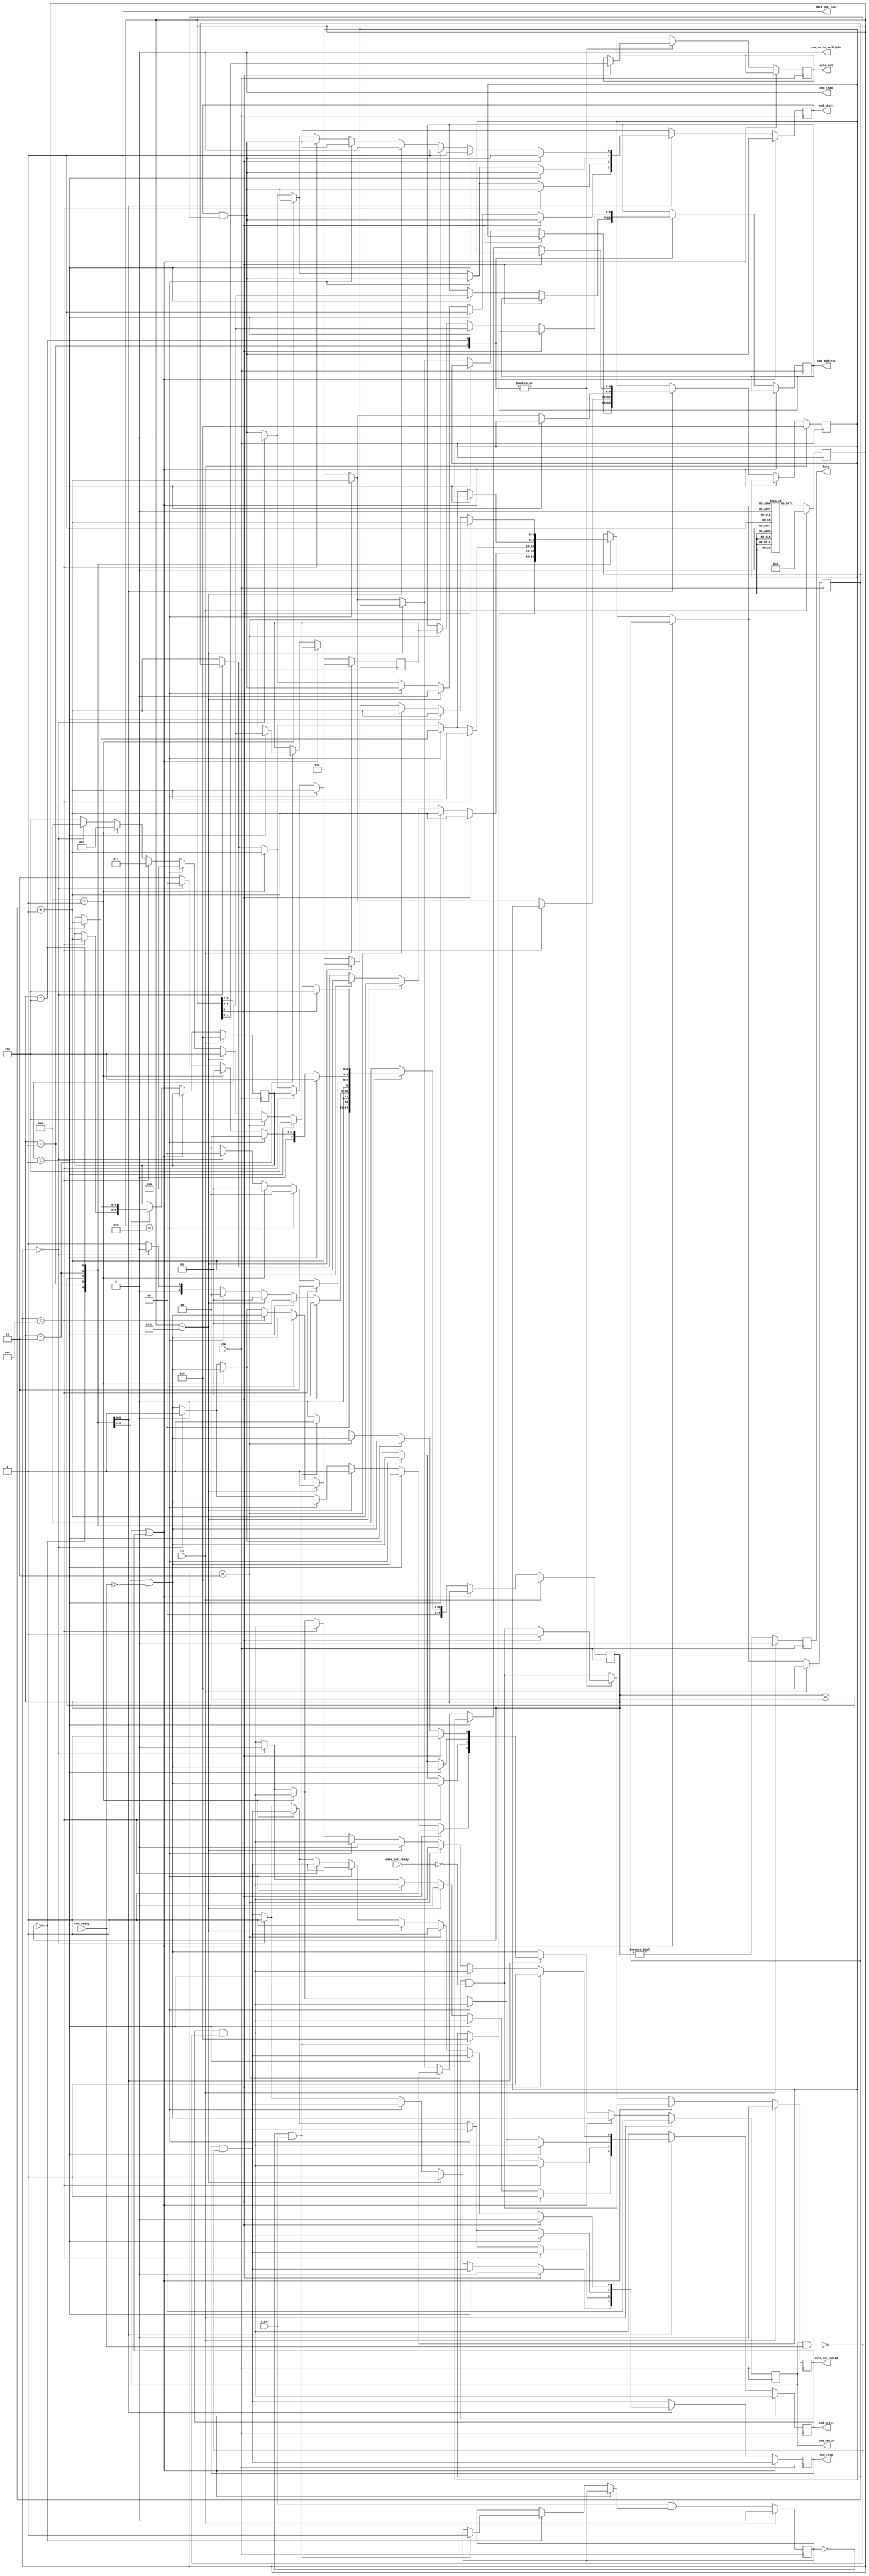
/*

Copyright (c) 2015-2017 Alex Forencich

Permission is hereby granted, free of charge, to any person obtaining a copy
of this software and associated documentation files (the "Software"), to deal
in the Software without restriction, including without limitation the rights
to use, copy, modify, merge, publish, distribute, sublicense, and/or sell
copies of the Software, and to permit persons to whom the Software is
furnished to do so, subject to the following conditions:

The above copyright notice and this permission notice shall be included in
all copies or substantial portions of the Software.

THE SOFTWARE IS PROVIDED "AS IS", WITHOUT WARRANTY OF ANY KIND, EXPRESS OR
IMPLIED, INCLUDING BUT NOT LIMITED TO THE WARRANTIES OF MERCHANTABILITY
FITNESS FOR A PARTICULAR PURPOSE AND NONINFRINGEMENT. IN NO EVENT SHALL THE
AUTHORS OR COPYRIGHT HOLDERS BE LIABLE FOR ANY CLAIM, DAMAGES OR OTHER
LIABILITY, WHETHER IN AN ACTION OF CONTRACT, TORT OR OTHERWISE, ARISING FROM,
OUT OF OR IN CONNECTION WITH THE SOFTWARE OR THE USE OR OTHER DEALINGS IN
THE SOFTWARE.

*/

// Language: Verilog 2001

`timescale 1ns / 1ps

/*
 * I2C init
 */
module i2c_init (
    input  wire        clk,
    input  wire        rst,

    /*
     * I2C master interface
     */
    output wire [6:0]  cmd_address,
    output wire        cmd_start,
    output wire        cmd_read,
    output wire        cmd_write,
    output wire        cmd_write_multiple,
    output wire        cmd_stop,
    output wire        cmd_valid,
    input  wire        cmd_ready,

    output wire [7:0]  data_out,
    output wire        data_out_valid,
    input  wire        data_out_ready,
    output wire        data_out_last,

    /*
     * Status
     */
    output wire        busy,

    /*
     * Configuration
     */
    input  wire        start
);

/*

Generic module for I2C bus initialization.  Good for use when multiple devices
on an I2C bus must be initialized on system start without intervention of a
general-purpose processor.

Copy this file and change init_data and INIT_DATA_LEN as needed.

This module can be used in two modes: simple device initalization, or multiple
device initialization.  In multiple device mode, the same initialization sequence
can be performed on multiple different device addresses.  

To use single device mode, only use the start write to address and write data commands.
The module will generate the I2C commands in sequential order.  Terminate the list
with a 0 entry.  

To use the multiple device mode, use the start data and start address block commands
to set up lists of initialization data and device addresses.  The module enters
multiple device mode upon seeing a start data block command.  The module stores the
offset of the start of the data block and then skips ahead until it reaches a start
address block command.  The module will store the offset to the address block and
read the first address in the block.  Then it will jump back to the data block
and execute it, substituting the stored address for each current address write
command.  Upon reaching the start address block command, the module will read out the
next address and start again at the top of the data block.  If the module encounters
a start data block command while looking for an address, then it will store a new data
offset and then look for a start address block command.  Terminate the list with a 0
entry.  Normal address commands will operate normally inside a data block.

Commands:

00 0000000 : stop
00 0000001 : exit multiple device mode
00 0000011 : start write to current address
00 0001000 : start address block
00 0001001 : start data block
00 1000001 : send I2C stop
01 aaaaaaa : start write to address
1 dddddddd : write 8-bit data

Examples

write 0x11223344 to register 0x0004 on device at 0x50

01 1010000  start write to 0x50
1 00000000  write address 0x0004
1 00000100
1 00010001  write data 0x11223344
1 00100010
1 00110011
1 01000100
0 00000000  stop

write 0x11223344 to register 0x0004 on devices at 0x50, 0x51, 0x52, and 0x53

00 0001001  start data block
00 0000011  start write to current address
1 00000000  write address 0x0004
1 00000100
1 00010001  write data 0x11223344
1 00100010
1 00110011
1 01000100
00 0001000  start address block
01 1010000  address 0x50
01 1010001  address 0x51
01 1010010  address 0x52
01 1010011  address 0x53
00 0000000  stop

*/

// init_data ROM
localparam INIT_DATA_LEN = 22;

reg [8:0] init_data [INIT_DATA_LEN-1:0];

initial begin
    // single address
    init_data[0]  = {2'b01, 7'h50}; // start write to address 0x50
    init_data[1]  = {1'b1, 8'h00}; // write address 0x0004
    init_data[2]  = {1'b1, 8'h04};
    init_data[3]  = {1'b1, 8'h11}; // write data 0x11223344
    init_data[4]  = {1'b1, 8'h22};
    init_data[5]  = {1'b1, 8'h33};
    init_data[6]  = {1'b1, 8'h44};
    // multiple addresses
    init_data[7]  = {2'b00, 7'b0001001}; // start data block
    init_data[8]  = {2'b00, 7'b0000011}; // start write to current address
    init_data[9]  = {1'b1, 8'h00}; // write address 0x0004
    init_data[10] = {1'b1, 8'h04};
    init_data[11] = {1'b1, 8'h11}; // write data 0x11223344
    init_data[12] = {1'b1, 8'h22};
    init_data[13] = {1'b1, 8'h33};
    init_data[14] = {1'b1, 8'h44};
    init_data[15] = {2'b00, 7'b0001000}; // start address block
    init_data[16] = {2'b01, 7'h50}; // start write to address 0x50
    init_data[17] = {2'b01, 7'h51}; // start write to address 0x51
    init_data[18] = {2'b01, 7'h52}; // start write to address 0x52
    init_data[19] = {2'b01, 7'h53}; // start write to address 0x53
    init_data[20] = 9'd1; // exit mode
    init_data[21] = 9'd0; // stop
end

localparam [3:0]
    STATE_IDLE = 3'd0,
    STATE_RUN = 3'd1,
    STATE_TABLE_1 = 3'd2,
    STATE_TABLE_2 = 3'd3,
    STATE_TABLE_3 = 3'd4;

reg [4:0] state_reg = STATE_IDLE, state_next;

parameter AW = $clog2(INIT_DATA_LEN);

reg [8:0] init_data_reg = 9'd0;

reg [AW-1:0] address_reg = {AW{1'b0}}, address_next;
reg [AW-1:0] address_ptr_reg = {AW{1'b0}}, address_ptr_next;
reg [AW-1:0] data_ptr_reg = {AW{1'b0}}, data_ptr_next;

reg [6:0] cur_address_reg = 7'd0, cur_address_next;

reg [6:0] cmd_address_reg = 7'd0, cmd_address_next;
reg cmd_start_reg = 1'b0, cmd_start_next;
reg cmd_write_reg = 1'b0, cmd_write_next;
reg cmd_stop_reg = 1'b0, cmd_stop_next;
reg cmd_valid_reg = 1'b0, cmd_valid_next;

reg [7:0] data_out_reg = 8'd0, data_out_next;
reg data_out_valid_reg = 1'b0, data_out_valid_next;

reg start_flag_reg = 1'b0, start_flag_next;

reg busy_reg = 1'b0;

assign cmd_address = cmd_address_reg;
assign cmd_start = cmd_start_reg;
assign cmd_read = 1'b0;
assign cmd_write = cmd_write_reg;
assign cmd_write_multiple = 1'b0;
assign cmd_stop = cmd_stop_reg;
assign cmd_valid = cmd_valid_reg;

assign data_out = data_out_reg;
assign data_out_valid = data_out_valid_reg;
assign data_out_last = 1'b1;

assign busy = busy_reg;

always @* begin
    state_next = STATE_IDLE;

    address_next = address_reg;
    address_ptr_next = address_ptr_reg;
    data_ptr_next = data_ptr_reg;

    cur_address_next = cur_address_reg;

    cmd_address_next = cmd_address_reg;
    cmd_start_next = cmd_start_reg & ~(cmd_valid & cmd_ready);
    cmd_write_next = cmd_write_reg & ~(cmd_valid & cmd_ready);
    cmd_stop_next = cmd_stop_reg & ~(cmd_valid & cmd_ready);
    cmd_valid_next = cmd_valid_reg & ~cmd_ready;

    data_out_next = data_out_reg;
    data_out_valid_next = data_out_valid_reg & ~data_out_ready;

    start_flag_next = start_flag_reg;

    if (cmd_valid | data_out_valid) begin
        // wait for output registers to clear
        state_next = state_reg;
    end else begin
        case (state_reg)
            STATE_IDLE: begin
                // wait for start signal
                if (~start_flag_reg & start) begin
                    address_next = {AW{1'b0}};
                    start_flag_next = 1'b1;
                    state_next = STATE_RUN;
                end else begin
                    state_next = STATE_IDLE;
                end
            end
            STATE_RUN: begin
                // process commands
                if (init_data_reg[8] == 1'b1) begin
                    // write data
                    cmd_write_next = 1'b1;
                    cmd_stop_next = 1'b0;
                    cmd_valid_next = 1'b1;

                    data_out_next = init_data_reg[7:0];
                    data_out_valid_next = 1'b1;
                    
                    address_next = address_reg + 1;
                    
                    state_next = STATE_RUN;
                end else if (init_data_reg[8:7] == 2'b01) begin
                    // write address
                    cmd_address_next = init_data_reg[6:0];
                    cmd_start_next = 1'b1;

                    address_next = address_reg + 1;
                    
                    state_next = STATE_RUN;
                end else if (init_data_reg == 9'b001000001) begin
                    // send stop
                    cmd_write_next = 1'b0;
                    cmd_start_next = 1'b0;
                    cmd_stop_next = 1'b1;
                    cmd_valid_next = 1'b1;

                    address_next = address_reg + 1;

                    state_next = STATE_RUN;
                end else if (init_data_reg == 9'b000001001) begin
                    // data table start
                    data_ptr_next = address_reg + 1;
                    address_next = address_reg + 1;
                    state_next = STATE_TABLE_1;
                end else if (init_data_reg == 9'd0) begin
                    // stop
                    cmd_start_next = 1'b0;
                    cmd_write_next = 1'b0;
                    cmd_stop_next = 1'b1;
                    cmd_valid_next = 1'b1;

                    state_next = STATE_IDLE;
                end else begin
                    // invalid command, skip
                    address_next = address_reg + 1;
                    state_next = STATE_RUN;
                end
            end
            STATE_TABLE_1: begin
                // find address table start
                if (init_data_reg == 9'b000001000) begin
                    // address table start
                    address_ptr_next = address_reg + 1;
                    address_next = address_reg + 1;
                    state_next = STATE_TABLE_2;
                end else if (init_data_reg == 9'b000001001) begin
                    // data table start
                    data_ptr_next = address_reg + 1;
                    address_next = address_reg + 1;
                    state_next = STATE_TABLE_1;
                end else if (init_data_reg == 1) begin
                    // exit mode
                    address_next = address_reg + 1;
                    state_next = STATE_RUN;
                end else if (init_data_reg == 9'd0) begin
                    // stop
                    cmd_start_next = 1'b0;
                    cmd_write_next = 1'b0;
                    cmd_stop_next = 1'b1;
                    cmd_valid_next = 1'b1;

                    state_next = STATE_IDLE;
                end else begin
                    // invalid command, skip
                    address_next = address_reg + 1;
                    state_next = STATE_TABLE_1;
                end
            end
            STATE_TABLE_2: begin
                // find next address
                if (init_data_reg[8:7] == 2'b01) begin
                    // write address command
                    // store address and move to data table
                    cur_address_next = init_data_reg[6:0];
                    address_ptr_next = address_reg + 1;
                    address_next = data_ptr_reg;
                    state_next = STATE_TABLE_3;
                end else if (init_data_reg == 9'b000001001) begin
                    // data table start
                    data_ptr_next = address_reg + 1;
                    address_next = address_reg + 1;
                    state_next = STATE_TABLE_1;
                end else if (init_data_reg == 9'd1) begin
                    // exit mode
                    address_next = address_reg + 1;
                    state_next = STATE_RUN;
                end else if (init_data_reg == 9'd0) begin
                    // stop
                    cmd_start_next = 1'b0;
                    cmd_write_next = 1'b0;
                    cmd_stop_next = 1'b1;
                    cmd_valid_next = 1'b1;

                    state_next = STATE_IDLE;
                end else begin
                    // invalid command, skip
                    address_next = address_reg + 1;
                    state_next = STATE_TABLE_2;
                end
            end
            STATE_TABLE_3: begin
                // process data table with selected address
                if (init_data_reg[8] == 1'b1) begin
                    // write data
                    cmd_write_next = 1'b1;
                    cmd_stop_next = 1'b0;
                    cmd_valid_next = 1'b1;

                    data_out_next = init_data_reg[7:0];
                    data_out_valid_next = 1'b1;

                    address_next = address_reg + 1;

                    state_next = STATE_TABLE_3;
                end else if (init_data_reg[8:7] == 2'b01) begin
                    // write address
                    cmd_address_next = init_data_reg[6:0];
                    cmd_start_next = 1'b1;

                    address_next = address_reg + 1;

                    state_next = STATE_TABLE_3;
                end else if (init_data_reg == 9'b000000011) begin
                    // write current address
                    cmd_address_next = cur_address_reg;
                    cmd_start_next = 1'b1;

                    address_next = address_reg + 1;

                    state_next = STATE_TABLE_3;
                end else if (init_data_reg == 9'b001000001) begin
                    // send stop
                    cmd_write_next = 1'b0;
                    cmd_start_next = 1'b0;
                    cmd_stop_next = 1'b1;
                    cmd_valid_next = 1'b1;

                    address_next = address_reg + 1;

                    state_next = STATE_TABLE_3;
                end else if (init_data_reg == 9'b000001001) begin
                    // data table start
                    data_ptr_next = address_reg + 1;
                    address_next = address_reg + 1;
                    state_next = STATE_TABLE_1;
                end else if (init_data_reg == 9'b000001000) begin
                    // address table start
                    address_next = address_ptr_reg;
                    state_next = STATE_TABLE_2;
                end else if (init_data_reg == 9'd1) begin
                    // exit mode
                    address_next = address_reg + 1;
                    state_next = STATE_RUN;
                end else if (init_data_reg == 9'd0) begin
                    // stop
                    cmd_start_next = 1'b0;
                    cmd_write_next = 1'b0;
                    cmd_stop_next = 1'b1;
                    cmd_valid_next = 1'b1;

                    state_next = STATE_IDLE;
                end else begin
                    // invalid command, skip
                    address_next = address_reg + 1;
                    state_next = STATE_TABLE_3;
                end
            end
        endcase
    end
end

always @(posedge clk) begin
    if (rst) begin
        state_reg <= STATE_IDLE;

        init_data_reg <= 9'd0;

        address_reg <= {AW{1'b0}};
        address_ptr_reg <= {AW{1'b0}};
        data_ptr_reg <= {AW{1'b0}};

        cur_address_reg <= 7'd0;

        cmd_valid_reg <= 1'b0;

        data_out_valid_reg <= 1'b0;

        start_flag_reg <= 1'b0;

        busy_reg <= 1'b0;
    end else begin
        state_reg <= state_next;

        // read init_data ROM
        init_data_reg <= init_data[address_next];

        address_reg <= address_next;
        address_ptr_reg <= address_ptr_next;
        data_ptr_reg <= data_ptr_next;

        cur_address_reg <= cur_address_next;

        cmd_valid_reg <= cmd_valid_next;

        data_out_valid_reg <= data_out_valid_next;

        start_flag_reg <= start & start_flag_next;

        busy_reg <= (state_reg != STATE_IDLE);
    end

    cmd_address_reg <= cmd_address_next;
    cmd_start_reg <= cmd_start_next;
    cmd_write_reg <= cmd_write_next;
    cmd_stop_reg <= cmd_stop_next;

    data_out_reg <= data_out_next;
end

endmodule